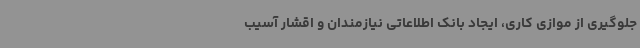
جلوگیری از موازی کاری، ایجاد بانک اطلاعاتی نیازمندان و اقشار آسیب